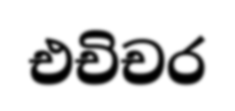
එචිචර